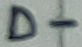
Text: D-